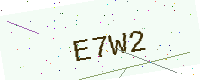
Text: E7W2